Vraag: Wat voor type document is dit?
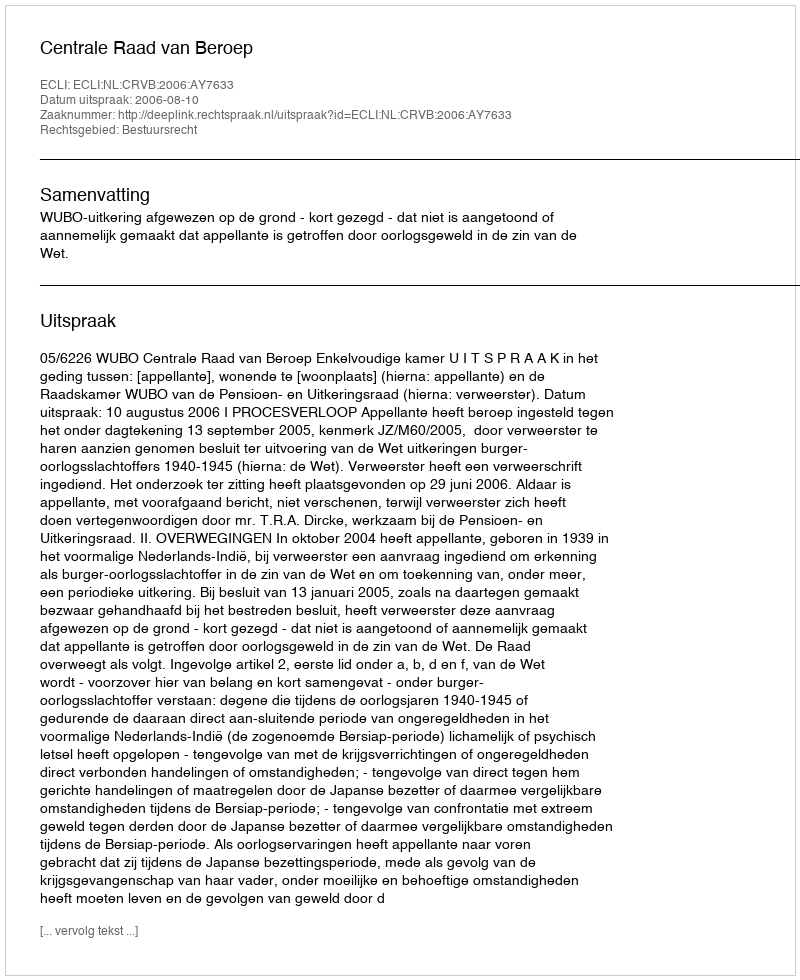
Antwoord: Uitspraak